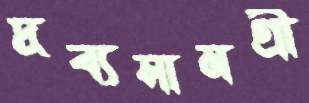
দ্রব্যসামগ্রী